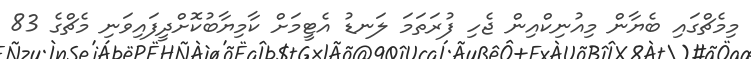
މިމެޗްގައި ބެޔާން މިއުނިކްއިން ޖެހި ފުރަތަމަ ލަނޑު އެޓީމަށް ކާމިޔާބުކޮށްދީފައިވަނި މެޗްގެ 83